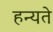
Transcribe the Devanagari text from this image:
हन्यते